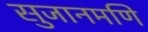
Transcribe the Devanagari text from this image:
सुजानमणि